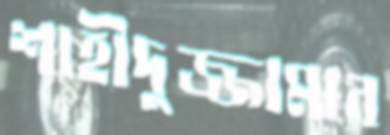
শাহীদুজ্জামান